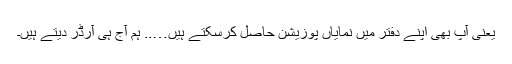
یعنی آپ بھی اپنے دفتر میں نمایاں پوزیشن حاصل کرسکتے ہیں….. ہم آج ہی آرڈر دیتے ہیں۔